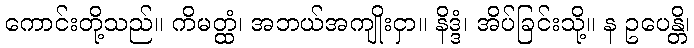
ကောင်းတို့သည်။ ကိမတ္ထံ၊ အဘယ်အကျိုးငှာ။ နိဒ္ဒံ၊ အိပ်ခြင်းသို့။ န ဥပေန္တိ၊